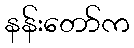
နန်းတော်က